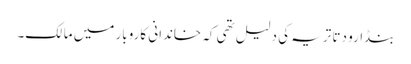
بنڈارو دتا تریہ کی دلیل تھی کہ خاندانی کاروبار میں مالک۔